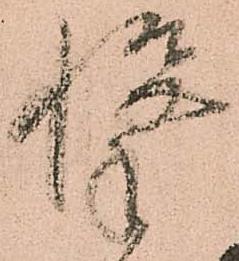
撃